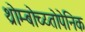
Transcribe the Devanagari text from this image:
थ्रोम्बोच्य्तोपेनिक